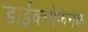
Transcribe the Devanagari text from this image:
डाईक्लोफेनेक